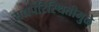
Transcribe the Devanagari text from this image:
सद्यपरिस्थितीमुळे